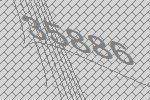
35886